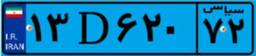
۴۱D۵۴۴۴۰